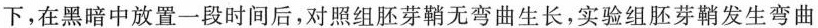
下，在黑暗中放置一段时间后，对照组胚芽鞘无弯曲生长，实验组胚芽鞘发生弯曲